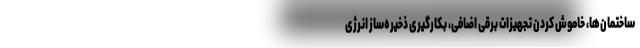
ساختمان‌ها، خاموش کردن تجهیزات برقی اضافی، بکارگیری ذخیره‌ساز انرژی